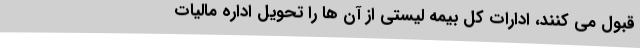
قبول می کنند، ادارات کل بیمه لیستی از آن ها را تحویل اداره مالیات